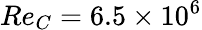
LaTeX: Re_{C}=6.5\times 10^{6}